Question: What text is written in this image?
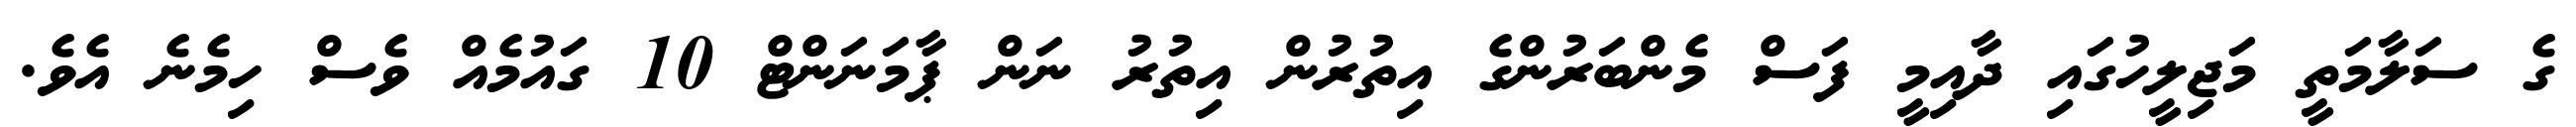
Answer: ގެ ސަލާމަތީ މަޖިލީހުގައި ދާއިމީ ފަސް މެންބަރުންގެ އިތުރުން އިތުރު ނަން ޕާމަނަންޓް 10 ގައުމެއް ވެސް ހިމެނެ އެވެ.